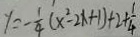
y = - \frac { 1 } { 4 } ( x ^ { 2 } - 2 x + 1 ) + 2 + \frac { 1 } { 4 }